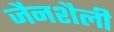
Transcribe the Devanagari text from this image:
जैनशैली